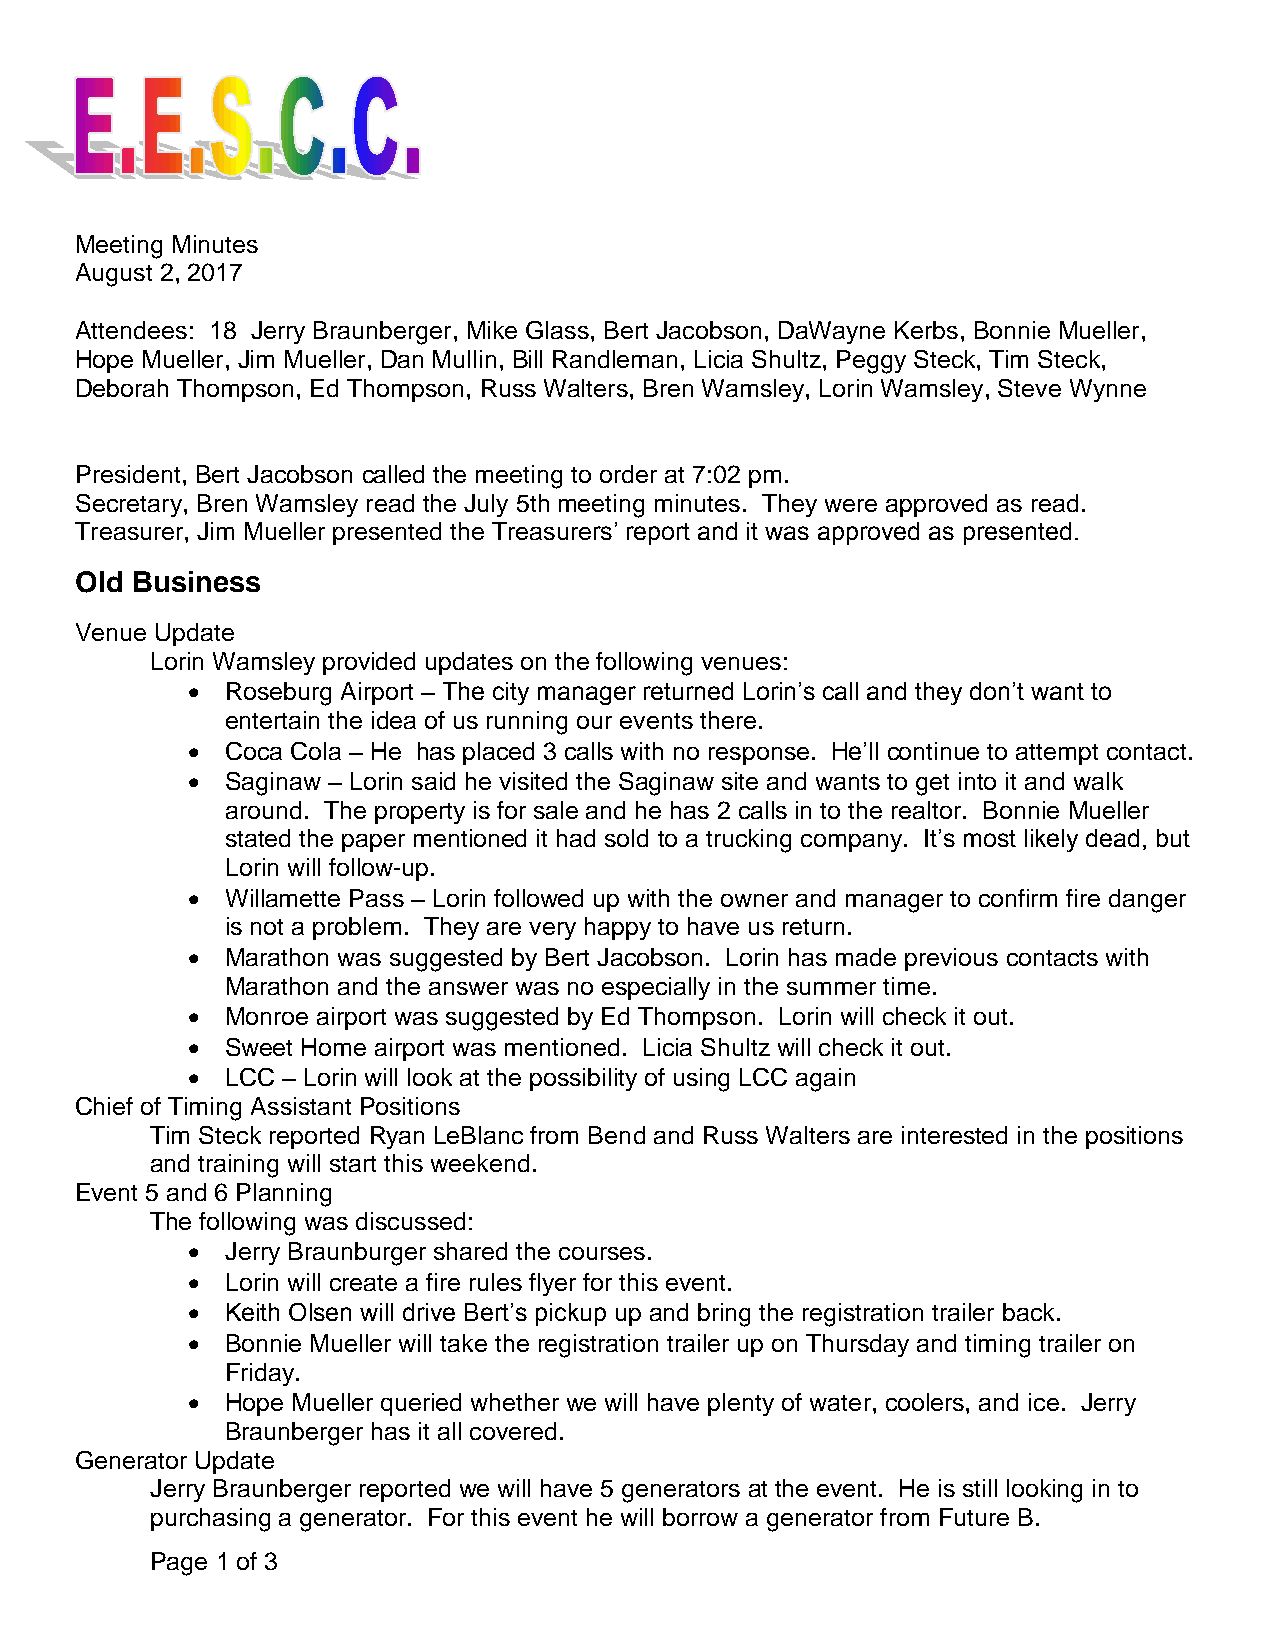
Meeting Minutes
 August 2, 2017
 Attendees: 18 Jerry Braunberger, Mike Glass, Bert Jacobson, DaWayne Kerbs, Bonnie Mueller,
 Hope Mueller, Jim Mueller, Dan Mullin, Bill Randleman, Licia Shultz, Peggy Steck, Tim Steck,
 Deborah Thompson, Ed Thompson, Russ Walters, Bren Wamsley, Lorin Wamsley, Steve Wynne
 President, Bert Jacobson called the meeting to order at 7:02 pm.
 Secretary, Bren Wamsley read the July 5th meeting minutes. They were approved as read.
 Treasurer, Jim Mueller presented the Treasurers’ report and it was approved as presented.
 Old Business
 Venue Update
 Lorin Wamsley provided updates on the following venues:
   Roseburg Airport – The city manager returned Lorin’s call and they don’t want to
 entertain the idea of us running our events there.
   Coca Cola – He has placed 3 calls with no response. He’ll continue to attempt contact.
   Saginaw – Lorin said he visited the Saginaw site and wants to get into it and walk
 around. The property is for sale and he has 2 calls in to the realtor. Bonnie Mueller
 stated the paper mentioned it had sold to a trucking company. It’s most likely dead, but
 Lorin will follow-up.
   Willamette Pass – Lorin followed up with the owner and manager to confirm fire danger
 is not a problem. They are very happy to have us return.
   Marathon was suggested by Bert Jacobson. Lorin has made previous contacts with
 Marathon and the answer was no especially in the summer time.
   Monroe airport was suggested by Ed Thompson. Lorin will check it out.
   Sweet Home airport was mentioned. Licia Shultz will check it out.
   LCC – Lorin will look at the possibility of using LCC again
 Chief of Timing Assistant Positions
 Tim Steck reported Ryan LeBlanc from Bend and Russ Walters are interested in the positions
 and training will start this weekend.
 Event 5 and 6 Planning
 The following was discussed:
   Jerry Braunburger shared the courses.
   Lorin will create a fire rules flyer for this event.
   Keith Olsen will drive Bert’s pickup up and bring the registration trailer back.
   Bonnie Mueller will take the registration trailer up on Thursday and timing trailer on
 Friday.
   Hope Mueller queried whether we will have plenty of water, coolers, and ice. Jerry
 Braunberger has it all covered.
 Generator Update
 Jerry Braunberger reported we will have 5 generators at the event. He is still looking in to
 purchasing a generator. For this event he will borrow a generator from Future B.
 Page 1 of 3